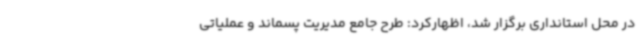
در محل استانداری برگزار شد، اظهارکرد: طرح جامع مدیریت پسماند و عملیاتی